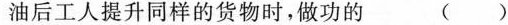
油后工人提升同样的货物时，做功的 ( )